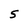
Character: S